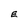
Character: E